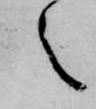
之